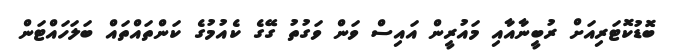
ބޮޑުކޮޓަރިއަށް ރުބީނާއާއި މައުރީން އައިސް ވަން ވަގުތު ގޭގެ ކެއުމުގެ ކަންތައްތައް ބަލަހައްޓަން